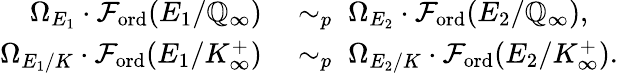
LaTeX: \begin{array}{rl}{\Omega_{E_{1}}\cdot\mathcal{F}_{\mathrm{ord}}(E_{1}/\mathbb{Q}_{\infty})}&{\; \sim_{p}\; \Omega_{E_{2}}\cdot\mathcal{F}_{\mathrm{ord}}(E_{2}/\mathbb{Q}_{\infty}),}\\ {\Omega_{E_{1}/K}\cdot\mathcal{F}_{\mathrm{ord}}(E_{1}/K_{\infty}^{+})}&{\; \sim_{p}\; \Omega_{E_{2}/K}\cdot\mathcal{F}_{\mathrm{ord}}(E_{2}/K_{\infty}^{+}).}\end{array}